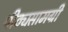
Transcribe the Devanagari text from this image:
पीठ्यसामग्री